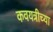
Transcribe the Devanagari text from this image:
कवयत्रीच्या